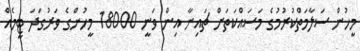
މީހުން ސަލާމަތްކުރުމުގެ މަސައްކަތަށް ޗައިނާ އިން ވަނީ 18000 މީހުންގެ ވަރުގަދަ ޓީމެއް